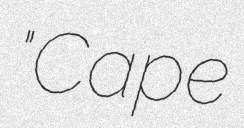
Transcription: "Cape